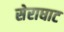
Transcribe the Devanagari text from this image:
सेराघाट